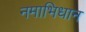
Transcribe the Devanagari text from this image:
नमाभिधान